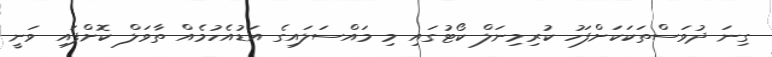
ގިނަ ދުވަސްތަކަކަށްފަހު ކުރިމިނަލް ކޯޓުގައި މި މައްސަލައިގެ އަޑުއެހުމެއް ތާވަލް ކޮށްފައި ވަނީ